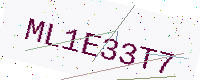
Text: ML1E33T7